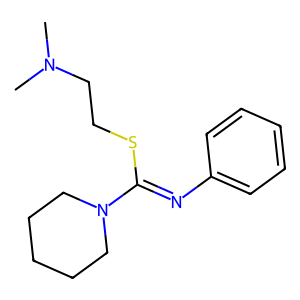
SMILES: CN(C)CCSC(=Nc1ccccc1)N1CCCCC1
Inhibits HIV replication: No